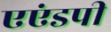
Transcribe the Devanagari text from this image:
एएंडपी